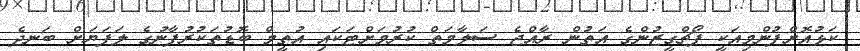
ކަޅުއޮށްފުންމިއަކީ ޕޯޗްގީޒުންގެ އަތުން ރާއްޖެ ސަލާމަތް ކުރުމަށްޓަކައި އުތީމް ބޮޑުތަކުރުފާނުގެ ލަފަޔަށް ބަނދެ